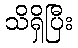
သိရှိပြီး